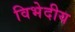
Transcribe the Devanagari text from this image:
विभेदीय